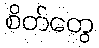
စိတ်တွေ